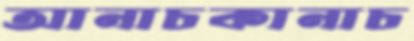
আনাচকানাচ